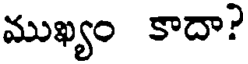
ముఖ్యం కాదా?